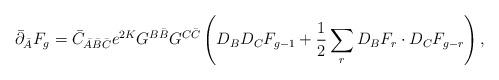
LaTeX: \begin{align*}\bar{\partial}_{\bar{A}}F_g=\bar{C}_{\bar{A}\bar{B}\bar{C}}e^{2K}G^{B\bar{B}}G^{C\bar{C}}\left( D_BD_CF_{g-1}+\frac{1}{2}\sum_rD_BF_r\cdot D_CF_{g-r}\right),\end{align*}